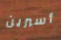
أسبرين